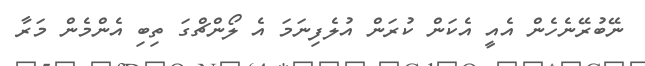
ނޭބުރޭނެހެން އެއީ އެކަން ކުރަން އުލެފިނަމަ އެ ލޯންޗްގަ ތިބި އެންމެން މަރާ